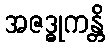
အဇဒ္ဓုကန္တိ